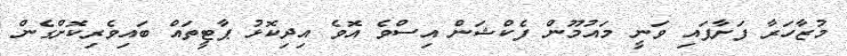
މުޒާހަރާ ފަށާފައި ވަނީ މައުމޫން ފެކްޝަން އިސްވެ އޮވެ އިދިކޮޅު ޕާޓީތައް ބައިވެރިކޮށްގެން